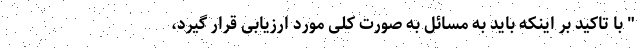
" با تاکید بر اینکه باید به مسائل به صورت کلی مورد ارزیابی قرار گیرد،